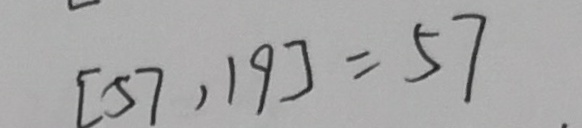
[ 5 7 , 1 9 ] = 5 7